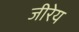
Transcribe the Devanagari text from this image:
जीरेय